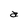
Character: a